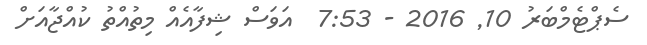
ސެޕްޓެމްބަރު 10